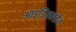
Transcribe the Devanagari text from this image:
आइडियलब्रेन